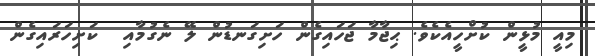
މިއީ މުޅީން ކުށްހީއެކެވެ. ޙިޖާމާ ޖަހައިގެން ހަށިގަނޑުން ލޭ ނެގުމާއި  ކަށިހަރައިގެން